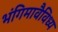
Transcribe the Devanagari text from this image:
भंगिमावैविध्य